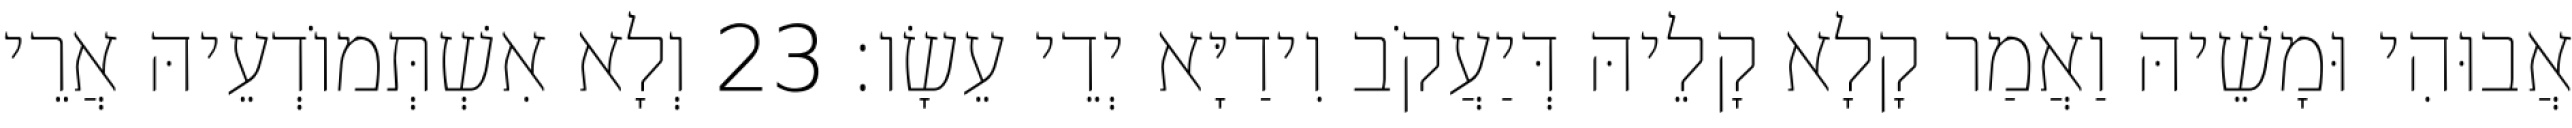
אֲבוּהִי וּמָשֵׁיהּ וַאֲמַר קָלָא קָלֵיהּ דְּיַעֲקֹב וִידַיָּא יְדֵי עֵשָׂו׃ 23 וְלָא אִשְׁתְּמוֹדְעֵיהּ אֲרֵי